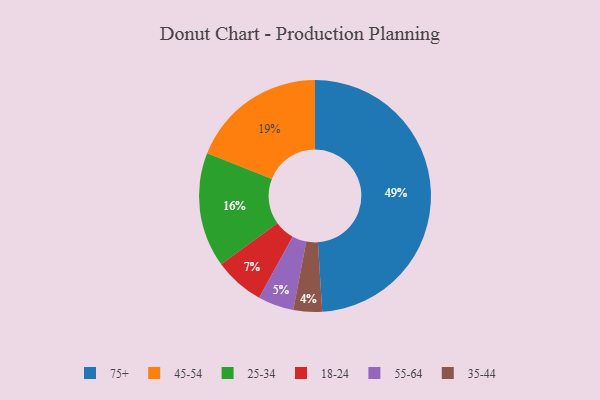
{"axis": {"x": "Category", "y": "Percentage"}, "legend": ["18-24", "25-34", "35-44", "45-54", "55-64", "75+"], "data": [{"x": "18-24", "y": 7, "type": "18-24"}, {"x": "25-34", "y": 16, "type": "25-34"}, {"x": "35-44", "y": 4, "type": "35-44"}, {"x": "45-54", "y": 19, "type": "45-54"}, {"x": "75+", "y": 49, "type": "75+"}, {"x": "55-64", "y": 5, "type": "55-64"}]}